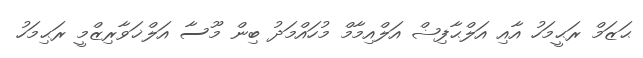
ޙަޒަމް ރަޙީމަހު އާއި އަލްޙާފިޟް އަލްއިމާމް މުހައްމަދު ބިން މޫސާ އަލްޚަވާރިޒްމީ ރަޙިމަހު